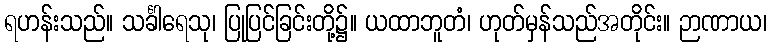
ရဟန်းသည်။ သင်္ခါရေသု၊ ပြုပြင်ခြင်းတို့၌။ ယထာဘူတံ၊ ဟုတ်မှန်သည်အတိုင်း။ ဉာဏာယ၊